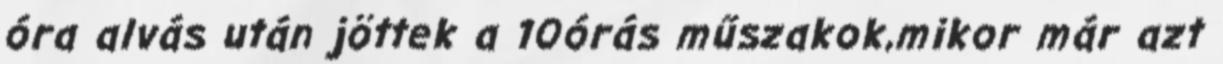
óra alvás után jöttek a 10órás műszakok,mikor már azt